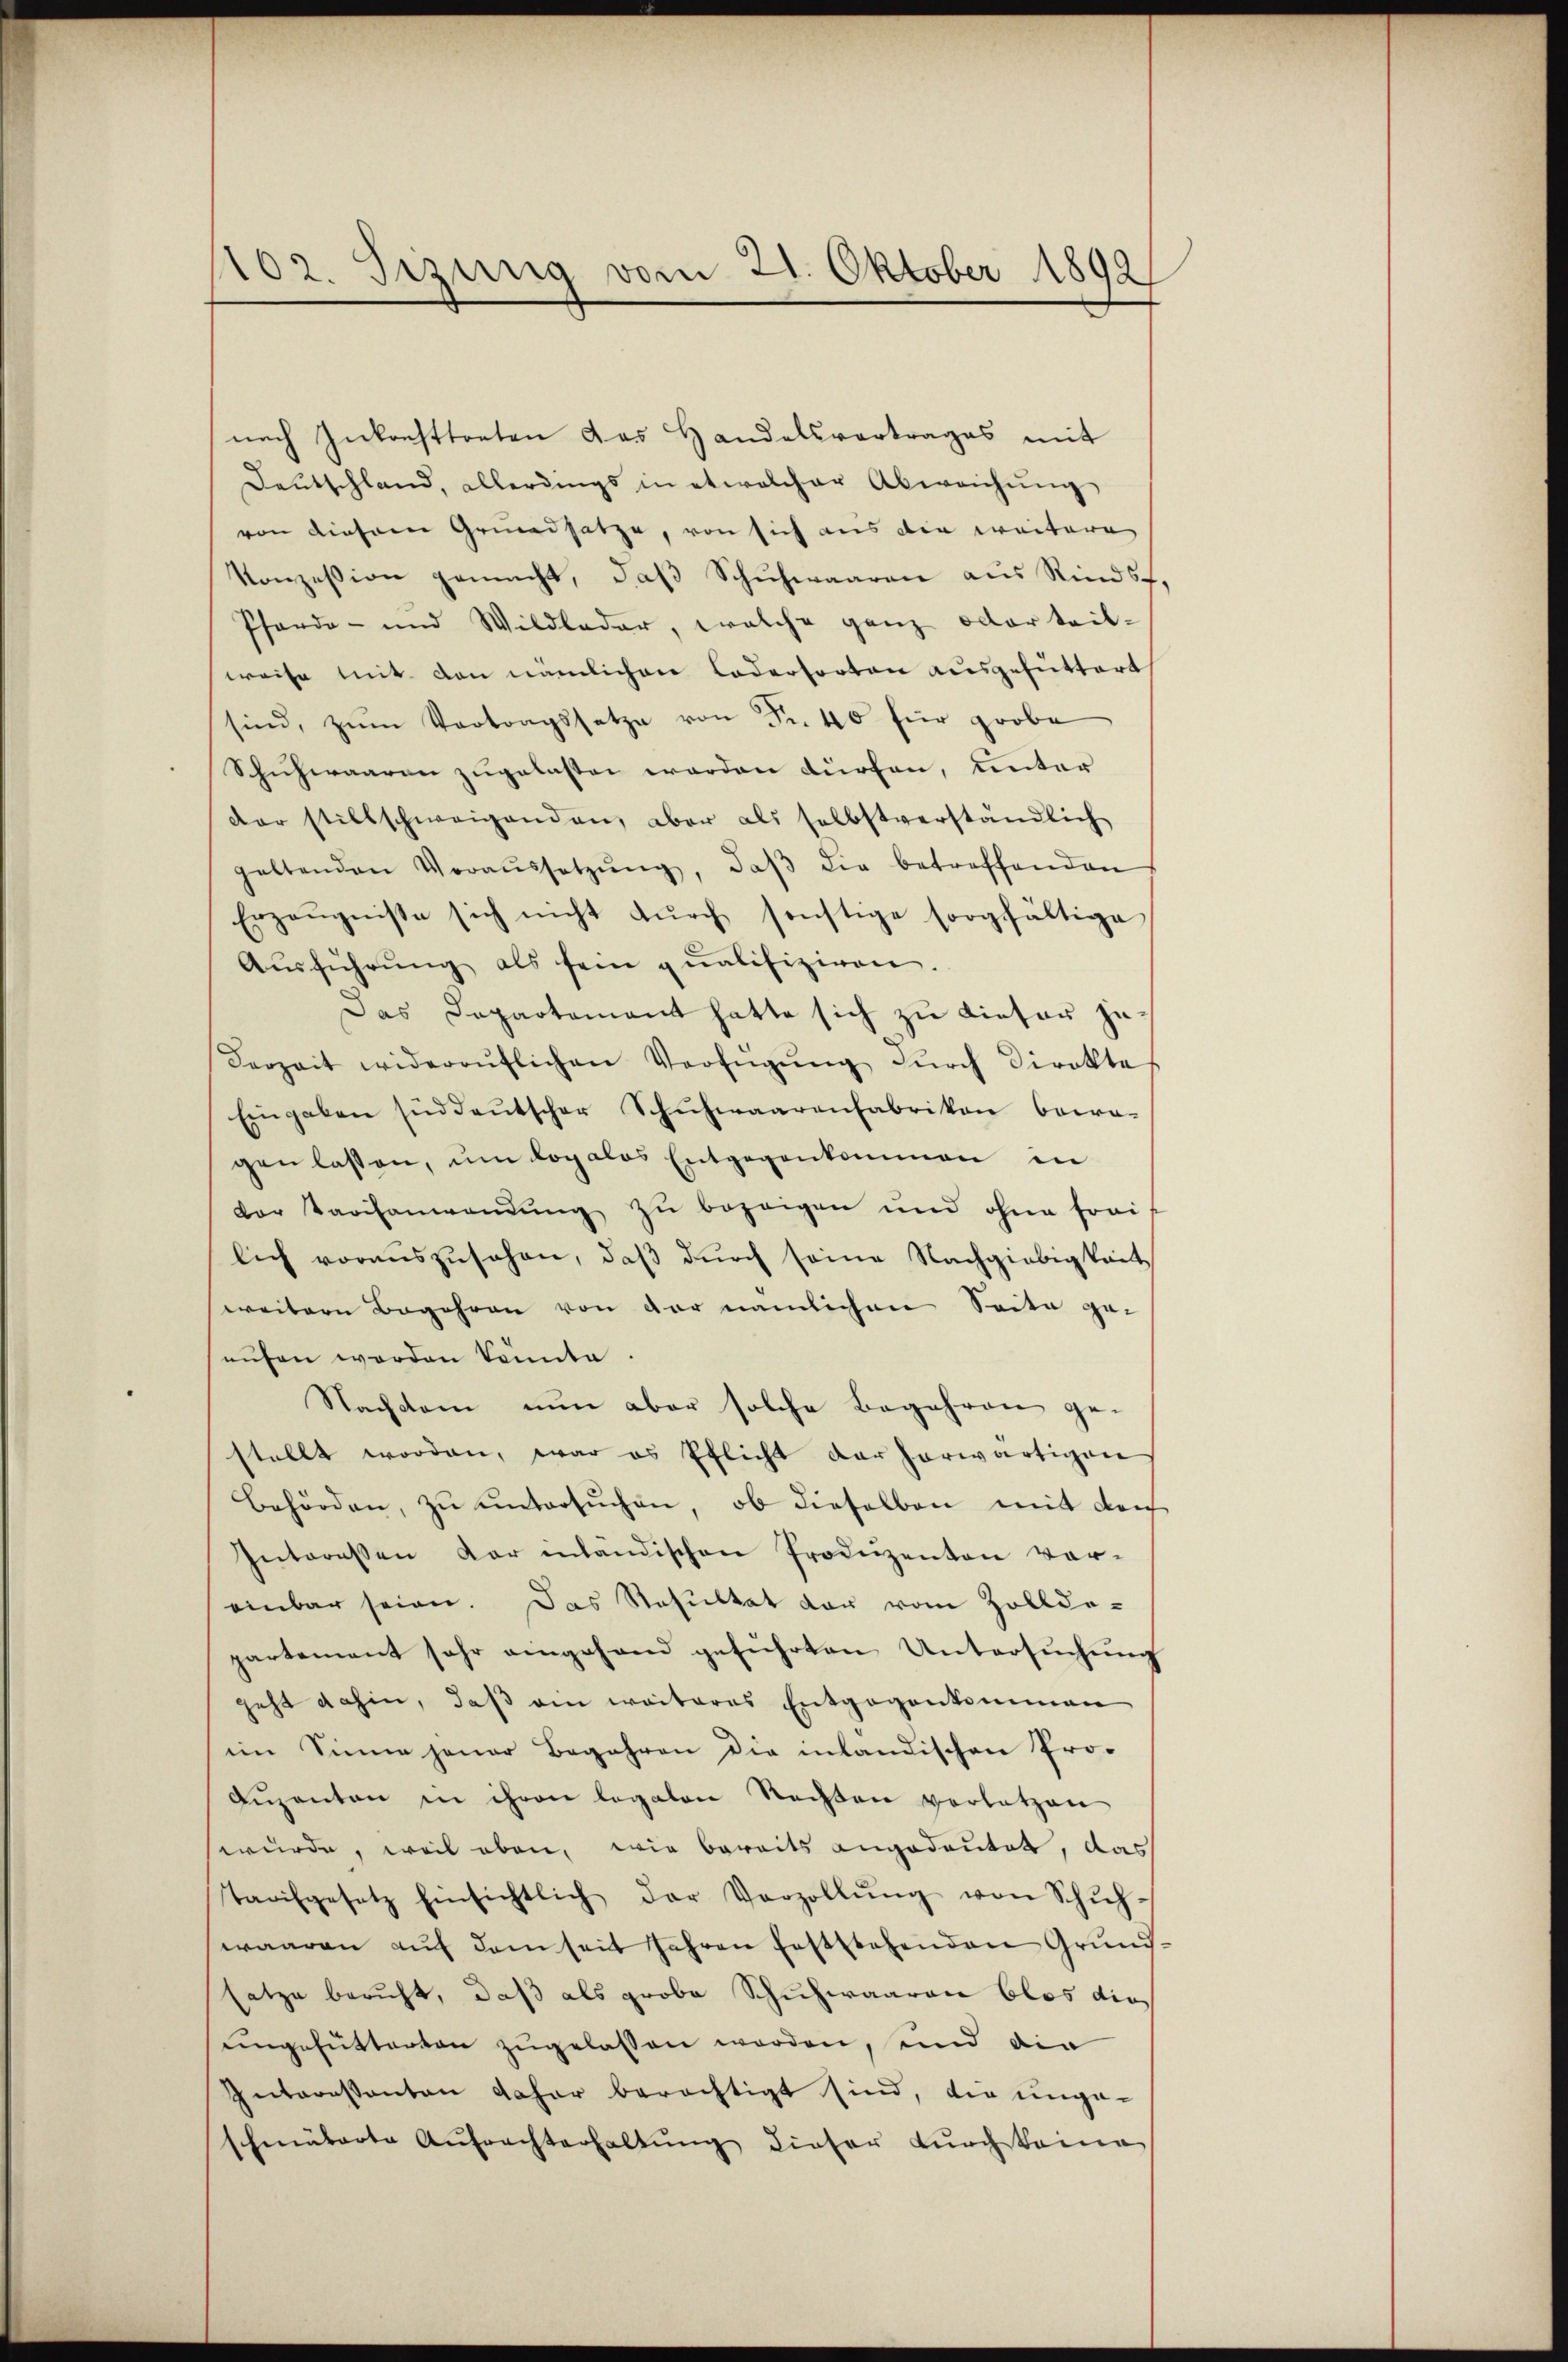
102. Sizung vom 21. Oktober 1892

nach Inkonfttreten das Handelsvertrages mit
Deutschland, allerdings in etwalcher Abweichŭng
von diesem Grundsatze, von sich aus die weitere
Konzession gemacht, daβ Schuhwaaren aus Rinds-
Pferde- und Wildlader, welche ganz oder teil-
weise mit den nämlichen Ledertorten ausgefüttert
sind, zŭm Vortragssetze von Fr. 40 für grobe
Schuhwaaren zugelasten werden dürfen, unter
der stillschweigenden, aber als selbstverständlich
geltenden Voraŭssetzŭng, daβ die betreffenden
Erzeŭgnisse sich nicht dŭrch sonstige sorgfältige
Aŭsführŭng als sein qualifiziren.
Das Departement hatte sich zu Liefer zu¬
Verzeit wideraŭflichen Verfügŭng dŭrch direkte
Eingaben süddeŭtscher Schuhwaarenfabrikon bewa-
gen lassen, ŭm loyalos Entgegenkommen in
dor Varianwendung zu bezeigen und ohne frai
lich voraŭszŭsehen, daβ dŭrch seine Nachgiebigkeit
weitere Begehren von der nämlichen Seite ge-
eufen worden konnte.
Nachdem nŭn aber solche Begehren ge-
stellt worden, war es Pflicht der herwärtigen
behörden, zŭ ŭntersŭchen, ob dieselben mit der
Interessen dar inländischen Produzenten vor-
einbar seien. Das Resultat der vom Zollde-
partement sehr eingehand geführten Untersuchung
geht dahin, daβ am weiteres Entgegenkommen
im Sinne jener Begehren die inländischen Pro¬
Aŭzenten in ihren legalen Rechten verletzen
wurde, weil eben, wie bereits angedeutet, das
Tarifgesetz Einsichtlich der Verzollŭng von Schŭl-
waaren auf dem seit Jahren feststehenden Grund
satze beruht, daß als grobe Schuhwaaren blos dies
ungefütterten zugelassen worden, und die
Interessanten daher berechtigt sind, die ungeschmuterte Aufrechterhaltung dieser durch keine